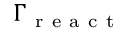
\Gamma _ { \mathrm { ~ r ~ e ~ a ~ c ~ t ~ } }